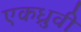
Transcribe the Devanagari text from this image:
एकध्रुवी